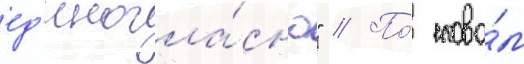
ед'иногла́сно" // По́ слова́м